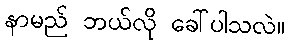
နာမည် ဘယ်လို ခေါ်ပါသလဲ။